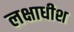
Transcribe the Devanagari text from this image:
लक्षाधीश